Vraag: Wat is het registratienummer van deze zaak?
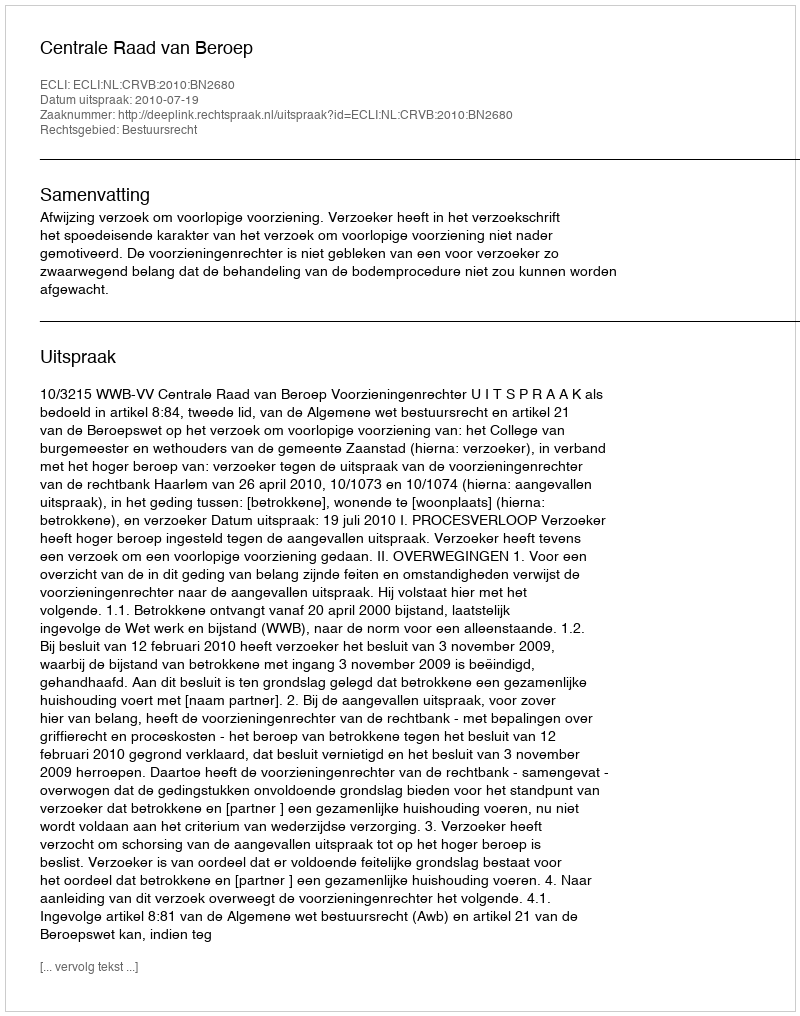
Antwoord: http://deeplink.rechtspraak.nl/uitspraak?id=ECLI:NL:CRVB:2010:BN2680